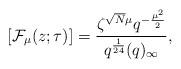
LaTeX: \begin{align*}\left[\mathcal F_{\mu}(z;\tau)\right] = \frac{\zeta^{\sqrt{N}\mu} q^{-\frac{\mu^2}{2}}}{q^{\frac{1}{24}}(q)_\infty},\end{align*}